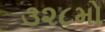
૩૨૮મો